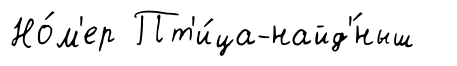
Но́м'ер Пт'и́ца-найд'́ныш